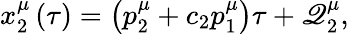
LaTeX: x_{2}^{\mu}\left(\tau\right)=\left(p_{2}^{\mu}+c_{2}p_{1}^{\mu}\right)\tau+\mathscr{Q}_{2}^{\mu},